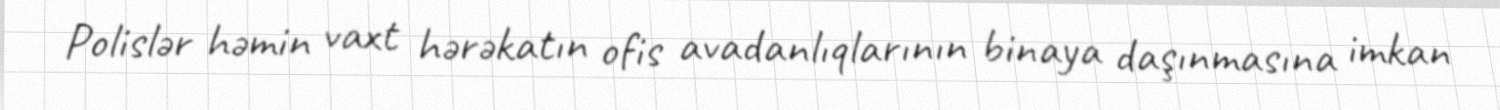
Polislər həmin vaxt hərəkatın ofis avadanlıqlarının binaya daşınmasına imkan